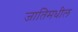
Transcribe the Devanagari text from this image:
जातिमधील